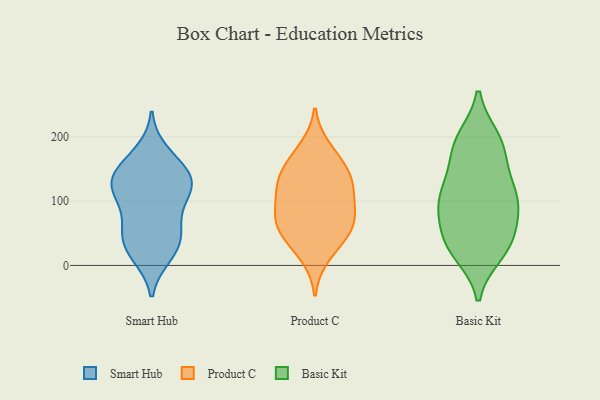
{"axis": {"x": "Inventory Turnover", "y": "Value"}, "legend": ["Basic Kit", "Product C", "Smart Hub"], "data": [{"x": "", "y": 23, "type": "Smart Hub"}, {"x": "", "y": 109, "type": "Smart Hub"}, {"x": "", "y": 110, "type": "Smart Hub"}, {"x": "", "y": 57, "type": "Smart Hub"}, {"x": "", "y": 51, "type": "Smart Hub"}, {"x": "", "y": 29, "type": "Smart Hub"}, {"x": "", "y": 175, "type": "Smart Hub"}, {"x": "", "y": 110, "type": "Smart Hub"}, {"x": "", "y": 157, "type": "Smart Hub"}, {"x": "", "y": 134, "type": "Smart Hub"}, {"x": "", "y": 136, "type": "Smart Hub"}, {"x": "", "y": 61, "type": "Smart Hub"}, {"x": "", "y": 129, "type": "Smart Hub"}, {"x": "", "y": 141, "type": "Smart Hub"}, {"x": "", "y": 16, "type": "Smart Hub"}, {"x": "", "y": 143, "type": "Product C"}, {"x": "", "y": 74, "type": "Product C"}, {"x": "", "y": 182, "type": "Product C"}, {"x": "", "y": 90, "type": "Product C"}, {"x": "", "y": 138, "type": "Product C"}, {"x": "", "y": 64, "type": "Product C"}, {"x": "", "y": 44, "type": "Product C"}, {"x": "", "y": 15, "type": "Product C"}, {"x": "", "y": 119, "type": "Product C"}, {"x": "", "y": 105, "type": "Product C"}, {"x": "", "y": 68, "type": "Product C"}, {"x": "", "y": 47, "type": "Product C"}, {"x": "", "y": 131, "type": "Product C"}, {"x": "", "y": 165, "type": "Product C"}, {"x": "", "y": 183, "type": "Basic Kit"}, {"x": "", "y": 83, "type": "Basic Kit"}, {"x": "", "y": 194, "type": "Basic Kit"}, {"x": "", "y": 130, "type": "Basic Kit"}, {"x": "", "y": 41, "type": "Basic Kit"}, {"x": "", "y": 20, "type": "Basic Kit"}, {"x": "", "y": 102, "type": "Basic Kit"}, {"x": "", "y": 28, "type": "Basic Kit"}, {"x": "", "y": 41, "type": "Basic Kit"}, {"x": "", "y": 32, "type": "Basic Kit"}, {"x": "", "y": 130, "type": "Basic Kit"}, {"x": "", "y": 97, "type": "Basic Kit"}, {"x": "", "y": 177, "type": "Basic Kit"}, {"x": "", "y": 196, "type": "Basic Kit"}, {"x": "", "y": 101, "type": "Basic Kit"}, {"x": "", "y": 91, "type": "Basic Kit"}]}